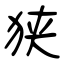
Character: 狭